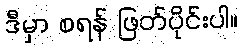
ဒီမှာ စရန် ဖြတ်ပိုင်းပါ။